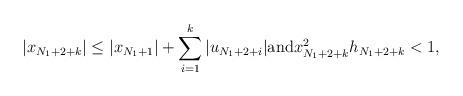
LaTeX: \begin{align*}|x_{N_1+2+k}|\le |x_{N_1+1}|+\sum_{i=1}^{k}|u_{N_1+2+i}| \mbox{and} x^2_{N_1+2+k}h_{N_1+2+k}<1,\end{align*}